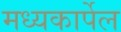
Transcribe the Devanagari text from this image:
मध्यकार्पेल